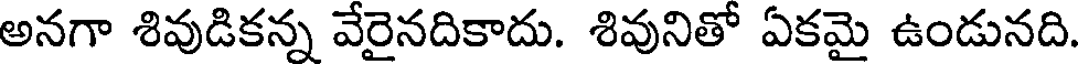
అనగా శివుడికన్న వేరైనదికాదు. శివునితో ఏకమై ఉండునది.